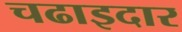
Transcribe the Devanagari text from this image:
चढाइदार